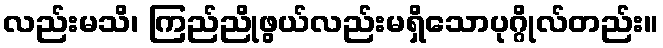
လည်းမသိ၊ ကြည်ညိုဖွယ်လည်းမရှိသောပုဂ္ဂိုလ်တည်း။